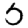
Digit: 5